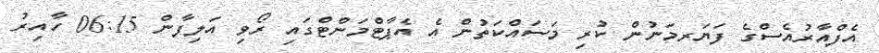
އެފްއާރުއެސްގެ ފަޔަރމަނުން ކުރި މަސައްކަތުން އެ އެޕާޓްމަންޓްގައި ރޯވި އަލިފާން 06:15 ހާއިރު